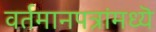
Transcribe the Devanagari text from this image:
वर्तमानपत्रांमध्यॆ